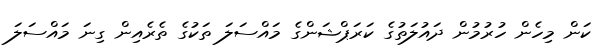
ކަން މިހެން ހުރުމުން ދައުލަތުގެ ކަރަޕްޝަންގެ މައްސަލަ ތަކުގެ ތެރެއިން ގިނަ މައްސަލަ